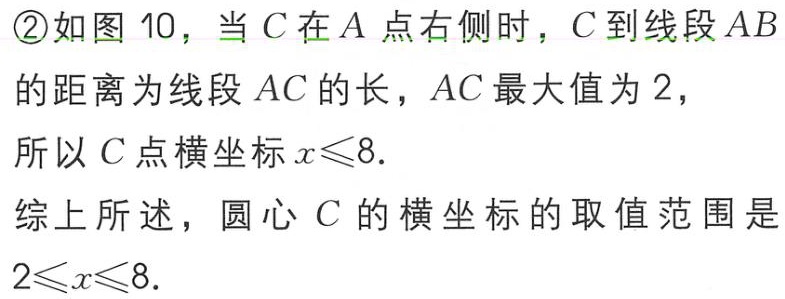
\textcircled{2}如图 10，当 \(C\) 在 \(A\) 点右侧时，\(C\) 到线段 \(AB\) 的距离为线段 \(AC\) 的长，\(AC\) 最大值为 \(2\)，所以 \(C\) 点横坐标 \(x\leqslant8\).
综上所述，圆心 \(C\) 的横坐标的取值范围是 \(2\leqslant x\leqslant8\).